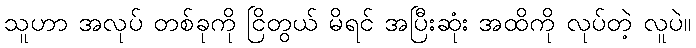
သူဟာ အလုပ် တစ်ခုကို ငြိတွယ် မိရင် အပြီးဆုံး အထိကို လုပ်တဲ့ လူပဲ။